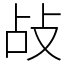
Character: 敁